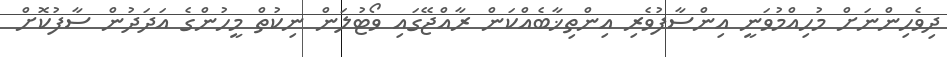
ދިވެހިންނަށް މުހިއްމުވަނީ އިންސާފުވެރި އިންތިޚާބެއްކަން ރާއްޖޭގައި ވޯޓުލަން ނިކުތް މީހުންގެ އަދަދުން ސާފުކޮށް